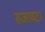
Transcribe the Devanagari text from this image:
सजावट।